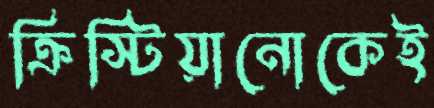
ক্রিস্টিয়ানোকেই